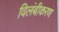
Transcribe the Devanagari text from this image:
विलंबीकरण